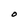
Character: O